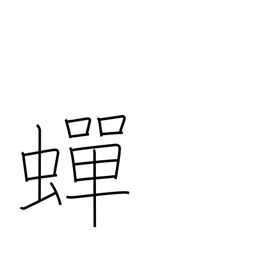
Meaning: continuous